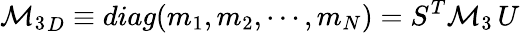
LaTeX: {{\cal M}_{3}}_{D}\equiv diag(m_{1},m_{2},\cdots,m_{N})=S^{T}{{\cal M}_{3}}\, U